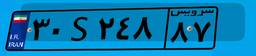
۳۱S۱۹۷۴۷